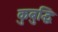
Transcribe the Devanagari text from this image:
कुबुद्धिः